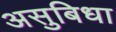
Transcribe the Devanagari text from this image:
असुबिधा